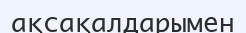
ақсақалдарымен